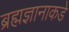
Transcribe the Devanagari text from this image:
ब्रह्मज्ञानाकडे